Vital statistics of India. Vol. IV, Annual returns from 1871 to 1876. British Army of India, Native Army and jails of Bengal
Year: 1871
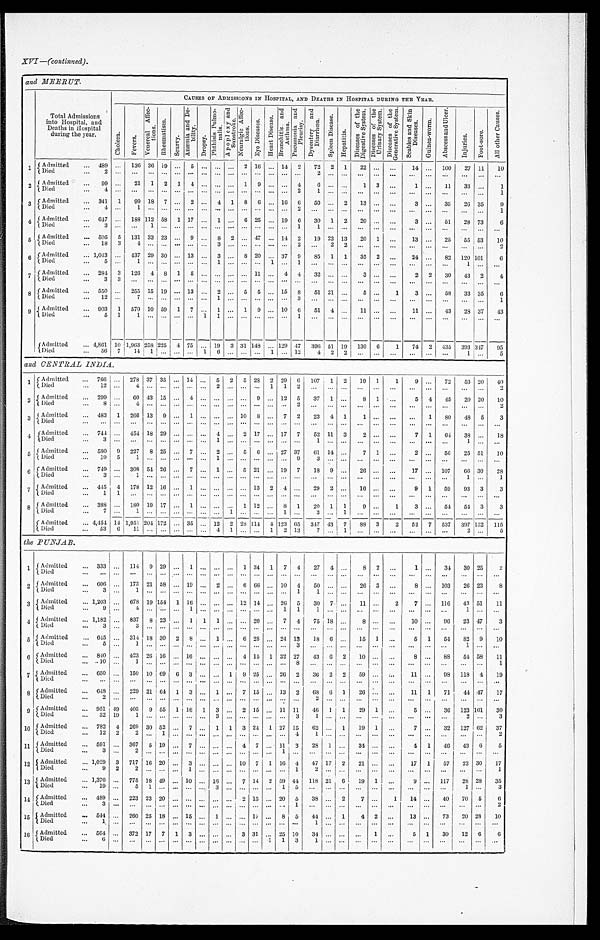
XVI —(continued).
and MEER UT.
Total Admissions
into Hospital, and
Deaths in hospital
during the year.
CAUSES OF ADMISSIONS IN HOSPITAL, AND DEATHS IN HOSPITAL DURING THE YEAR.
Chol e r a .
F e v e r s .
V e n e r e a l A f f e c t i o n s .
R h e u ma t i s .
S c u r v y .
A n æ m i a a n d D e b i l i t y .
D r o p s y .
P h t h i s i s P u l m o n a l i s .
A p o p l e x y a n d S u n s t r o k e .
N e u r a l g i e A f f e c t i o n s .
E y e D i s e a s e s . He a r t Di s e a s e .
B r o n c h i t i s a n d A s t h m a . P n e u m o n i a a n d P l e u r i s y . D y s e n t e r y a n d D i a r r h œ a .
S p l e e n D i s e a s e .
H e p a t i t i s .
D i s e a s e s o f t h e D i g e s t i v e S y s t e m .
D i s e a s e s o f t h e U r i n a r y S y s t e m .
D i s e a s e s o f t h e G e n e r a t i v e S y s t e m .
S e a b i e s a n d S k i n D i s e a s e s .
G u i n e a - w o r m .
A b s c c s s a n d U l c e r .
I n j u r i e s .
F o o t - s t o r e .
A l l o t h e r C a u s e s .
1
A d m i t t e d ... 489 ... 136 36 19 ... 5 ... ... ... 2 16 ... 14 2
72 2 1
22 ... ...
14 ... 100
27 11
10
Died
. . .
2
::: ... ... ... ... ... ... ... ... ... ... ... ... ...
. . . . . . . . . . . .
. . . . . .
. . . . . . . . .
. . .
. . .
. . .
2 Admitted
... 99 ...
21 1 2 1 4 ... ... ... 1 9 ... ... 4
6 ...
. . . 1 3 ...
1 ...
11
33 ...
1
Died
. . . 4 ...
...
. . .
... ... ... ... ... ...
. . . . . . ...
. . . 2
1
. . . . . .
. . .
. . .
. . .
. . .
. . .
. . .
. . . . . .
1
3 Admitted
... 341 1
99 18 7 ... 2 ... 4 1 8 6 ... 16 6
50 ... 2
13 ... ...
3 ...
35
26 35
9
Died
. . .
4 ...
1
. . .
... ... ... ... ... ...
. . . . . ...
. . . 2
. . . . . . . . .
. . .
. . .
. . .
. . .
. . .
. . .
. . . . . .
1
4 Admitted
... 617 ... 188
1 1 2 58 1 17 ... 1 ... 6 25 ... 19 6
30 1 2
20 ... ...
3 ...
51
28 73
6
Died
. . .
3 ...
...
1 ... ... ... ... ... ...
. . . . . . ...
. . . 1
1
. . . . . .
. . .
. . .
. . .
. . .
. . .
. . .
. . . . . .
. . .
5 Admitted
... 505 5 131 33 1 23 ... 9 ... 8 2 ... 47 ... 14 2
19 22 13
20 1 ...
13 ...
25
55 53
10
Died
. . .
1 8
3
4
. . .
... ... ... ... 3 ...
. . . . . . ...
. . . 2
. . . 2 2
. . .
. . .
. . .
. . .
. . .
. . .
. . . ...
2
6 Admitted
. . . 1 , 0 4 3 ... 437 29 30 .. . 13 ... 3 ...
8 2 0 ...
3 7 9 85 1 1
35 2 ...
24 ...
82 120 101
6
Died
. . .
5 ...
1
. . . ... ... ... ... 1 ...
. . . . . . 1
. . . 1
. . . . . . . . .
. . .
. . .
. . .
. . .
. . .
. . .
1 . . .
. . .
7 Admitted
... 284 3 126 4 8 1 5 ... ... ...
. . . 11 ... 4 4
32 ... . . .
3 . . .
...
2 2
30 43 2
4
Died
3 3
. . .
. . . ... ... ... ... ... ...
. . . . . . ...
. . . . . . . . .
. . . . . .
. . .
. . . ...
. . .
. . . . . .
. . .
. . .
. . .
8 Admitted
. . . 550
... 255 15 19 ... 13
... 2
... 5 5
... 15 8
51 21
. . . 5 ...
1
3 ...
58
33 35
6
Died
... 12
... 7
. . .
... ...
... 1 ...
. . .
...
. . . 3
. . .
...
. . . . . .
. . .
. . . . . .
. . .
. . . . . .
1
9 Admitted
... 903 1 570 10 59 1 7 ... 1 ... 1 9 ... 10 6
51 4 ...
11 ... ...
11 ...
43
28 37
43
Died
. . .
5 1
1
. . .
... ... ... 1 1 ...
. . . . . . ...
. . . 1
. . . . . . . . .
. . . . . .
. . .
. . . . . .
. . .
. . . . . .
. . .
Admitted
... 4,861 10 1,963 258 225 4 75 .. . 19 3 31 148 ... 129 47 396 51 19 130 6
1
74 2 435 393 317
95
Died
... 56 7
14 1 ... ... ... 1 6 ... ... ...
1 ... 12
4 2 2 ... ...
...
. . . . . .
1 ...
5
and C E N T RAL INDIA.
1 Admitted
... 766 ... 278 37 35 ... 14
5 2 5 28 2 29 6 107 1 2
19 1
1
9 ...
72
53 20
40
Died
. . .
1 2
4
. . .
... ... ... ... 2 ...
. . . . . . 1
1 2
. . . . . . . . .
. . . . . .
. . .
. . . . . .
. . .
. . .
. . .
2
2 Admitted
... 299 ...
60 43 15
... 4
...
...........
...
. . . 9
1 2 5 37 1 ...
8 1 ...
5 4 45
20 20
10
Died
. . .
8 ...
4
. . .
... ... ... ... ... ...
. . . . . . ...
. . . 2
. . . . . . . . .
. . . . . .
. . .
. . . . . .
. . .
. . .
. . .
2
3 Admitted
... 483 1 266 13 9 ... 1 ...
........
... 10 8 ... 7 2
23 4 1
1 ...
. . . 1
8 0 48 5
3
Died
... ... ... ... ... ... ... ... ... ... ... ... ... ... ... ... ... ... ... ... ... ...
... ... ...
... ... ...
4 Admitted
... 744 ... 454 18 29 ... ... ... 4 ... 2 17 ... 17 7
52 11 3
2 ... ...
7 1
61
38 ...
18
Died
. . .
3 ...
...
. . .
... ... ... ... 1 ...
. . . . . . ...
. . . . . .
1
. . . . . .
. . . . . .
. . .
. . . . . .
. . .
1
. . .
. . .
5 Admitted
... 580 9 227 8 25
7 ... 2 ... 5 6 ... 27 37
61 14 ...
7 1 ...
2 ...
56
25 51
10
Died
. . .
1 9
5
1
. . .
... ... ... ... 1 ...
. . . . . . ...
. . . 9
3
. . . . . .
. . . . . .
. . .
. . . . . .
. . .
. . .
. . .
. . .
6 Admitted
... 749 ... 308 54 26 ... 7 ... 1 ... 5 21 ... 19 7
18 9 ...
26 ... ...
17 ... 107
66 30
2S
Died
. . . 3 ...
1
. . .
... ... ... ... ... ...
. . . . . . ...
. . . . . .
. . . . . . . . .
. . . . . .
. . .
. . . . . .
. . . 1
. . . 1
7 Admitted
... 445 4 178 12 16 ... 1 ... ... ...
. . . 13 2 4 ...
29 2 ...
16 ... ...
9 1
59
93 3
3
Died
. . .
1 1
...
. . .
... ...
...... ... ...
. . . . . . ... . . . . . .
. . . . . . . . .
. . . . . .
. . .
. . . . . .
. . .
. . .
. . .
. . .
8 Admitted
... 388 ... 180 19 17 ... 1 ... ... . . .
1 12 ... 8 1
20 1 1
9 ...
1
3 ...
51
54 3
3
Died
. . . 7 ...
1
. . .
... ... ... ... ... 1
. . . . . . ... 1 . . .
3
. . . 1
. . . . . .
. . .
. . . . . .
. . .
. . .
. . .
. . .
Admitted
... 4,454 14 1,951 204 172 ... 35 ... 12 2 28 114 4 123 65 347 43 7
88 3
2
53 7
5 3 7
3 9 7 1 3 2
1 1 5
Died
... 53 6
11 ... ... ... ... ... 4 1 ... ... 1 2 13
7 ... 1 ... ... ...
... ...
. . .
2 ...
5
the PUNJAB.
1 Admitted
... 333 ... 114 9 29 ... 1 ........
1
34 1 7 4
27 4 ...
8 2 ...
1 ...
31 30 25
2
Died
. . .
. . . ... ... .. .. ... ... ... ... ... ... ... ... ... ... ... ... ... ... ... ...
... ... ...
... ... ...
2 Admitted
... 606 ... 173 21 58 ... 19 ... 2 ... 6 66 ... 10 4
50 ... ...
26 3 ...
8 ... 103
26 23
8
Died
. . .
3 ...
1
. . .
... ... ... ... ... ...
. . . . . . ...
1
1
. . . . . .
. . . . . .
. . .
. . . . . .
. . .
. . .
. . .
. . .
3 Admitted
. . .
1,203 J
...
678 19 154 1 16
... ... ... 12 14
... 26 5
30 7
. . . 11
. . . 2
7
. . . 116
43 51
11
Died
...
9
... 4
. . .
... ... 1 ... ...
...
. . . . . . ...
1 1
1
...
. . .
...
. . .
. . . . . .
. . .
1
. . .
. . .
4 Admitted
... 1,182 ... 837 8 23 ... 1 1 1
...
. . . 20 ... 7 4
75 18 ...
8 ... ...
10 ...
96
23 47
3
Died
. . .
3
3
. . .
... ...
...... ... ...
. . . . . . ...
. . . . . .
. . . . . . . . .
. . . . . .
. . .
. . . . . .
. . .
. . .
. . .
. . .
5 Admitted
. . . 645 ...
314 18 30 2
8 ... 1 ... 6 28 ... 24 13
18 6 ...
15 1 ...
5 1
54 82 9
10
Died
.....
5 ... 1
. . .
... ...
...... ... ...
. . . . . . ...
. . . 3
. . . . . . . . .
. . . . . .
. . .
. . . . . .
. . .
1
. . .
. . .
6 Admitted
... 840 ... 423 26 16 ... 16 ... ... ... 1 15 1 32 27
43 6 2
10 ... ...
8 ...
8 8 54 58
11
Died
. . .
1 0
...
1
. . .
... ... ... ... ... ...
. . . . . . ... . . . 8
. . . . . . . . .
. . . . . .
. . .
. . . . . .
. . .
. . .
. . . 1
7 Admitted
... 650 ... 150 10 69 6 3 ... ... 1 9 25 ... 26 2
36 2 2
59 ...
. . .
11. ...
98 118 4
19
Di e d
. . .
. . . ...
. . .
. . . ... ... ... ... ... ...
. . . . . . ...
. . . . . .
. . . . . . . . .
. . . . . .
. . .
. . . . . .
. . .
. . .
. . .
. . .
8 Admitted
... 648 ... 229 21 61 1 3 ... 1 ...
7 1 5 ....
1 3 2 68 6 1
26 ... ...
11 1
71
44 47
17
Died
2 ...
. . .
. . . ... ... ... ... ... ...
. . . . . .
. . . . . . . . .
2
. . . . . .
. . . . . .
. . . ... ... ...
...
. . . ...
9 Admitte
... 951
49 405 9 55 1 16 1 3
...
2 15
... 11
1 1 46 1 1
29 1
. . .
5 ...
36 123 101
30
Died
3 2 19
1 . . . ... ... ... ... 3
. . . . . .
. . . . . .
3
. . . . . . . . .
. . . . . . . . .
. . . . . .
. . . 2 ...
3
10 Admitted
... 782 4 269 30 52 ... 7 ... 1 1 3 24 1 27 15
62 ... 1
19 1 ...
7 ...
32 127 62
37
Died
. . .
1 2
2
2
. . .
1 ...
...... ... ...
. . . . . . ... . . . 4
1
. . . . . .
. . . . . .
. . .
. . . . . .
. . .
. . .
. . . 2
1 1 Admitted
... 591 ... 367 5 19 ... 7 ... ... ... 4 7 ...
1 1 3
28 1 ...
34 ... ... I 4 1
46
43 6
5
Died
. . .
3
2
. . .
... ...
...... ... ...
. . . . . . ...
1 . . .
. . . . . . . . .
. . . . . .
. . .
. . . . . .
. . .
. . .
. . .
. . .
1 2 Admitted
... 1,029 3
717 16 20 ... 3 ... ... ... 10 7 1 16 4
47 17 2
21 ...
. . . 17 1
57
23 30
17
D i e d
. . .
9 2
2
. . .
... ...
1 ... .. ...
. . . . . . ... . . . 1
2 ... ... ...
. . .
. . . .
...
. . .
. . .
. . .
. . .
1
1 3 Admitted
... 1,376 ... 775 18 49 ... 10 ... 16 ... 7 14 2 59 44 118 21 6
19 1 ...
9 ... 117
28 28
35
Died
. . .
1 9
...
5
1 ... ... ... 3 ...
. . . . . . ... 1 5
. . . . . . . . .
. . . . . .
. . .
. . . ... ...
1 ...
3
1 4 Admitted
... 489 ... 223 23 20 ... ... ... ... ... 2 13 ... 20 5
38 ... 2
7 ...
1
14 ...
40
70 5
6
Died
. . .
3 ...
...
. . .
... ... ... ... ... ...
. . . . . . ...
. . . 1
. . . . . . . . .
. . . . . .
. . .
. . . . . .
. . .
. . .
. . .
2
1 5 Admitted
... 544 ... 260 25 18 ... 15 ... 1 ... ... 1 7 ... 8 5
44 ... 1
4 2
. . . 13 ...
73
20 28
10
Died
...
1 ... ... ... ... ... ... ... ... ... ... ... ... ... ...
1 ...
. . .
. . . . . .
. . .
. . . . . .
. . .
. . .
. . .
. . .
16 Admitted
. . . 564 ...
372 17 7 1 3 ... ... ...
3 31 .. 25 10
34 ... ... ...
1 ...
5 1
30
12 6
6
Died
. . .
6 ...
... ... ... ... ... ... ... ... ... ...
1 1 3
. . . . . . . . .
. . . . . .
. .
. . . . . .
. . .
. . .
. . .
. . .